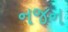
નજન